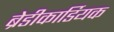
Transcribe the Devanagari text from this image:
ब्रेडीकार्डियक